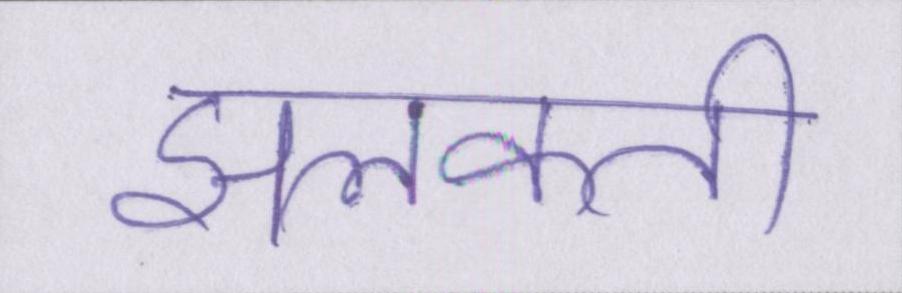
झलकती